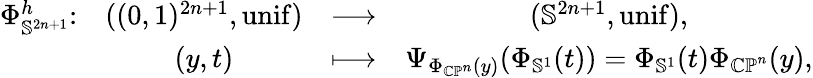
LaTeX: \begin{array}{cccc}{\Phi_{\mathbb{S}^{2n+1}}^{h}\colon}&{((0,1)^{2n+1},\operatorname{unif})}&{\longrightarrow}&{(\mathbb{S}^{2n+1},\operatorname{unif}),}\\ &{(y,t)}&{\longmapsto}&{\Psi_{\Phi_{\mathbb{CP}^{n}}(y)}(\Phi_{\mathbb{S}^{1}}(t))=\Phi_{\mathbb{S}^{1}}(t)\Phi_{\mathbb{CP}^{n}}(y),}\end{array}